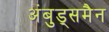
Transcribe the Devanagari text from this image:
अंबुड्समैन